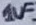
Text: 1uF